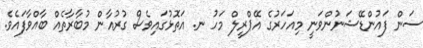
ސަން ފައުންޑޭޝަނުންވަނީ މިއަހަރުގެ އޭޕްރީލް މަހު ނ. އަތޮޅުގައިވެސް ގުރުއާން މުބާރާތެއް ބާއްވާފައެވެ.